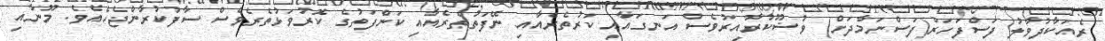
ރެއަކާދުވާލު ފަސްފަހަރު(ފަސްނަމާދަށް) ވުޟޫކުރާއިރުވެސް އަނގައާއި ކަރުތެރެއާއި ނޭފަތުތެރެއާއި ކަންފަތުގެ ކޮރުވަޅުތެރެވެސް ސާފުކުރާންޖެހެއެވެ. މޫނާއި